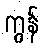
ကွန်